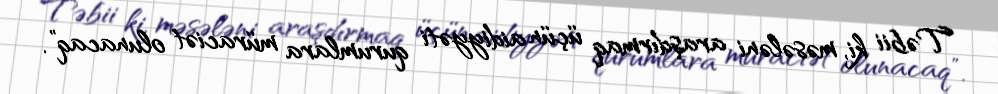
Təbii ki, məsələni araşdırmaq üçün aidiyyəti qurumlara müraciət olunacaq”.